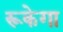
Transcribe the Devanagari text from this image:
रूकेगा